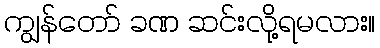
ကျွန်တော် ခဏ ဆင်းလို့ရမလား။